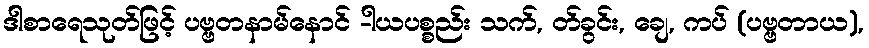
ဒါစာရေသုတ်ဖြင့် ပဗ္ဗတနာမ်နောင် -ါယပစ္စည်း သက်, တ်ခွင်း, ချေ, ကပ် (ပဗ္ဗတာယ),